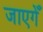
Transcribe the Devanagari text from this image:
जाएगेँ